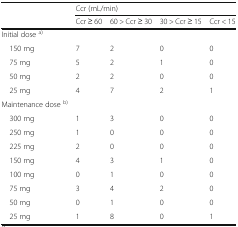
<table><thead><tr><td></td><td colspan="4"><b>Ccr (mL/min)</b></td></tr><tr><td></td><td><b>Ccr ≥ 60</b></td><td><b>60 &gt; Ccr ≥ 30</b></td><td><b>30 &gt; Ccr ≥ 15</b></td><td><b>Ccr &lt; 15</b></td></tr></thead><tbody><tr><td>Initial dose <sup>a)</sup></td><td></td><td></td><td></td><td></td></tr><tr><td> 150 mg</td><td>7</td><td>2</td><td>0</td><td>0</td></tr><tr><td> 75 mg</td><td>5</td><td>2</td><td>1</td><td>0</td></tr><tr><td> 50 mg</td><td>2</td><td>2</td><td>0</td><td>0</td></tr><tr><td> 25 mg</td><td>4</td><td>7</td><td>2</td><td>1</td></tr><tr><td>Maintenance dose <sup>b)</sup></td><td></td><td></td><td></td><td></td></tr><tr><td> 300 mg</td><td>1</td><td>3</td><td>0</td><td>0</td></tr><tr><td> 250 mg</td><td>1</td><td>0</td><td>0</td><td>0</td></tr><tr><td> 225 mg</td><td>2</td><td>0</td><td>0</td><td>0</td></tr><tr><td> 150 mg</td><td>4</td><td>3</td><td>1</td><td>0</td></tr><tr><td> 100 mg</td><td>0</td><td>1</td><td>0</td><td>0</td></tr><tr><td> 75 mg</td><td>3</td><td>4</td><td>2</td><td>0</td></tr><tr><td> 50 mg</td><td>0</td><td>1</td><td>0</td><td>0</td></tr><tr><td> 25 mg</td><td>1</td><td>8</td><td>0</td><td>1</td></tr></tbody></table>